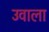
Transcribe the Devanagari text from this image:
उवाला